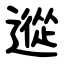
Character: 䢨